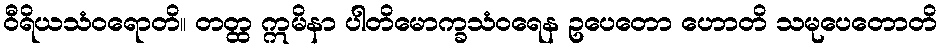
ဝီရိယသံဝရောတိ။ တတ္ထ ဣမိနာ ပါတိမောက္ခသံဝရေန ဥပေတော ဟောတိ သမုပေတောတိ